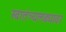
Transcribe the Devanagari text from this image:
स्वातंत्र्यलढ्यावर